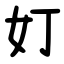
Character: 奵